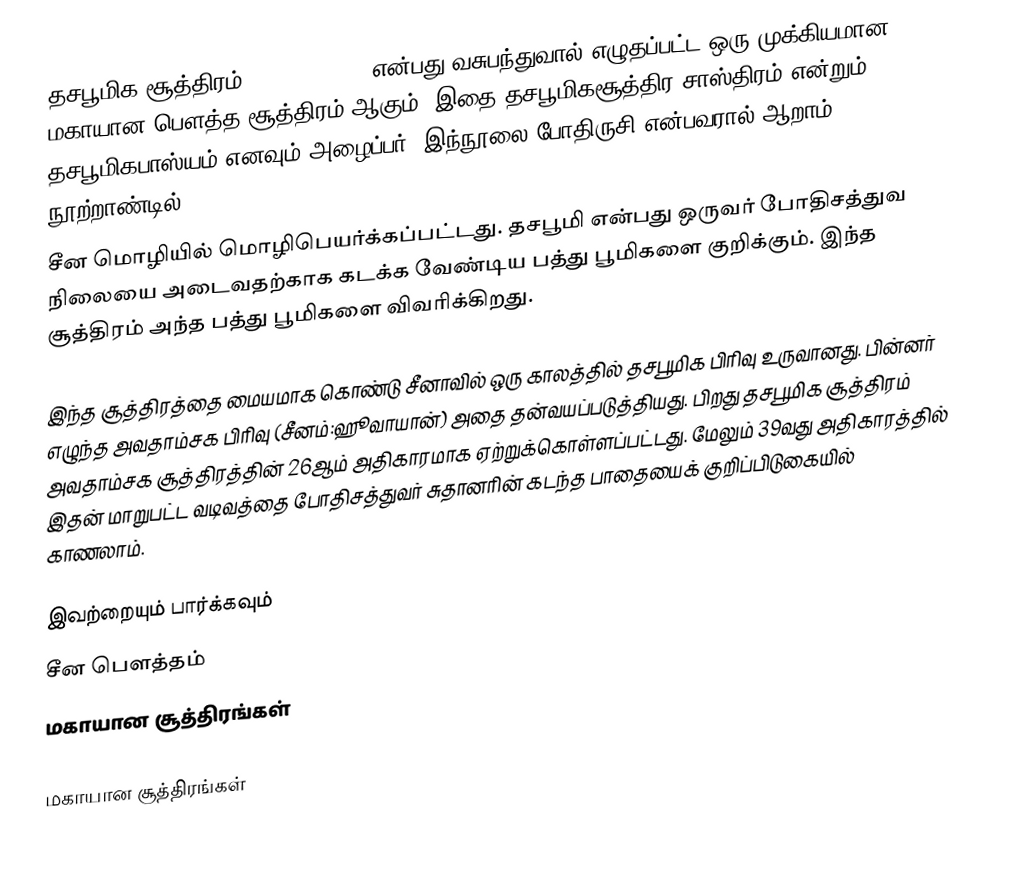
தசபூமிக சூத்திரம்(दशभूमिकसूत्र) என்பது வசுபந்துவால் எழுதப்பட்ட ஒரு முக்கியமான மகாயான பௌத்த சூத்திரம் ஆகும். இதை தசபூமிகசூத்திர-சாஸ்திரம் என்றும் தசபூமிகபாஸ்யம் எனவும் அழைப்பர். இந்நூலை போதிருசி என்பவரால் ஆறாம் நூற்றாண்டில்
சீன மொழியில் மொழிபெயர்க்கப்பட்டது. தசபூமி என்பது ஒருவர் போதிசத்துவ நிலையை அடைவதற்காக கடக்க வேண்டிய பத்து பூமிகளை குறிக்கும். இந்த சூத்திரம் அந்த பத்து பூமிகளை விவரிக்கிறது.

இந்த சூத்திரத்தை மையமாக கொண்டு சீனாவில் ஒரு காலத்தில் தசபூமிக பிரிவு உருவானது. பின்னர் எழுந்த அவதாம்சக பிரிவு (சீனம்:ஹூவாயான்) அதை தன்வயப்படுத்தியது. பிறது தசபூமிக சூத்திரம் அவதாம்சக சூத்திரத்தின் 26ஆம் அதிகாரமாக ஏற்றுக்கொள்ளப்பட்டது. மேலும் 39வது அதிகாரத்தில் இதன் மாறுபட்ட வடிவத்தை போதிசத்துவர் சுதானரின் கடந்த பாதையைக் குறிப்பிடுகையில் காணலாம்.

இவற்றையும் பார்க்கவும்
 சீன பௌத்தம்
 மகாயான சூத்திரங்கள்

மகாயான சூத்திரங்கள்